Vital statistics of India. Vol. IV, Annual returns from 1871 to 1876. British Army of India, Native Army and jails of Bengal
Year: 1871
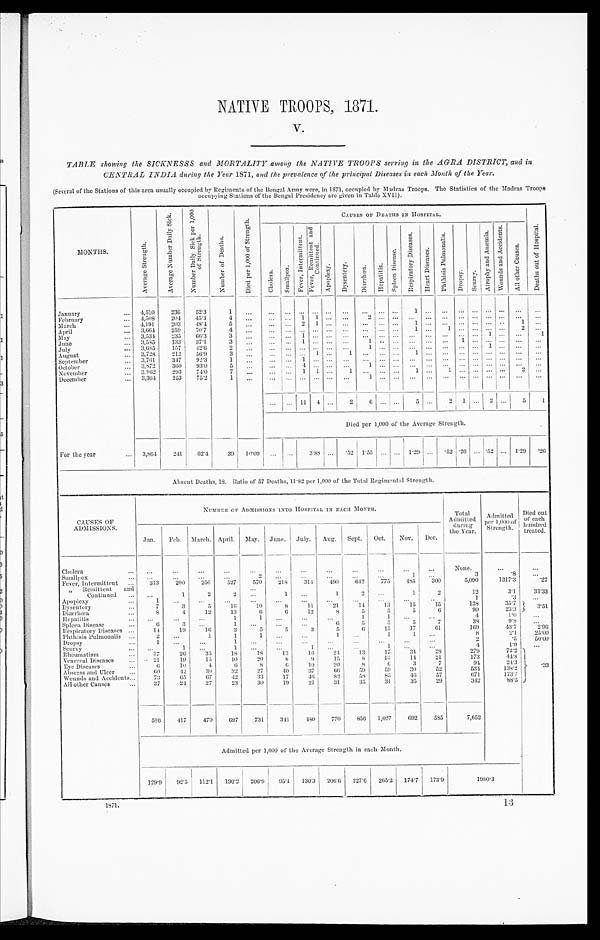
NATIVE TROOPS 1871.
V.
TABLE showing the SICKNESSS and MORTALITY among the NATIVE TROOPS serving in the AGRA DISTRICT, and in
CENTRAL INDIA during the Year 1871, and the prevalence of the principal Diseases in each Month of the Year.
(Several of the Stations of this area usually occupied by Regiments of the Bengal Army were, in 1871, occupied by Madras Troops. The Statistics of the Madras Troops
occupying Stations of the Bengal Presidency are given in Table XVII).
MONTHS.
A v e r a g e S t r e n g t h .
A v e r a g e N u m b e r D a i l y S i c k .
N u m b e r D a i l y S i c k p e r 1 , 0 0 0 o f S t r e n g t h .
N u m b e r o f D e a t h s .
D i e d p e r 1 , 0 0 0 o f S t r e n g t h .
CAUSES OF DEATHS IN HOSPITAL.
C h o l e r a .
S m a l l p o x .
F e v e r , I n t e r m i t t e n t .
F e v e r , R e m i t t e n t a n d C o n t i n u e d .
A p o p l e x y .
D y s e n t e r y .
D i a r r h œ a . H e p a t i t i s .
S p l e e n D i s e a s e .
R e s p i r a t o r y D i s e a s e s .
H e a r t D i s e a s e s .
P h t h i s i s P u l m o n a l i s .
D r o p s y . S c u r v y .
A t r o p h y a n d A n æ m i a . W o u n d s a n d A c c i d e n t s .
A l l o t h e r C a u s e s .
D e a t h s o u t o f H o s p i t a l .
January
4 , 5 1 0
236 52.3
1
. . . ... ... ... ... ... ...
. . . . . . . . .
1
. . . ...
. . . . . .
...
. . .
. . .
. . .
February
4,508
204
4 5 . 3
4 ...
. . .
. . . 1 1 . . . ...
2 . . . . . .
. . . . . . ...
. . . . . .
...
. . . ...
. . .
March
4 , 1 9 1
203
48.4
5
... . . . ... 2 1
. . . ...
. . . ...
. . . 1 ... ...
. . . ... ... ..
1
. . .
April
3,664 259
70.7
4
. . .
. . .
. . . . . . ...
. . .
. . . ...
. . .
. . . 1
. . .
1 ... ... ... ...
2
. . .
M a y 3,534 235
66.3
3
... . . .
. . .
1 . . . . . . ... ...
. . . . . .
. . . . . .
...
. . . . . .
1
. . .
... 1
June
3,585
133
37.1
3 ...
. . .
. . . 1 . . . . . . ...
1 . . .
. . .
. . . ... ...
1 . . . ... . . .
. . .
. . .
July
3,685
157
42.6
2 ...
. . . . . . ... ... ... ...
1 ...
. . . . . .
. . . ...
. . . . . . 1
. . . ...
. . .
August
3,728
212
56.9
3
...
. . . ...
. . . 1 ... 1
. . . . . . . . . 1
. . . ...
. . . . . . ... . . . ...
. . .
S e p t e m b e r
3 , 7 6 1
347
9 2 . 3
1
...
. . .
. . . 1 . . . . . . ...
. . . . . . . . . ...
. . . ...
. . . . . . ... . . . ...
. . .
October
3,872
3 6 0
9 3 . 0
5
. . .
. . .
. . . 4 . . . . . . ...
1
. . . . . .
. . .
. . . . . .
. . . . . . ... . . . ...
. . .
November
3.962
293
74.0
7
. . . ... ... 1 1
. . . 1
. . . . . . . . . 1
. . . 1
. . . . . .
...
. . . 2
. . .
December
3, 364 253
75.2
1
... ... ... ... ...
...
1 . . .
. . .
. . .
. . .
. . .
. . . . . . ... . . .
... . . .
...
. . . 11
4 ...
2
6
. . . . . . 5 ...
2
1 . . .
2
. . .
5 1
Died per 1,000 of the Average Strength.
For the year
3,864
241
6 2 . 4
39 10.09 . . .
...
3.88 ...
. 5 2 1.55
. . . ... 1.29 . . .
. 52 .26 ... .52 ...
1. 29 .26
Absent Deaths, 18. Ratio of 57 Deaths, 11.82 per 1,000 of the Total Regimental Strength.
CAUSES OF
ADMISSIONS.
NUMBER OF ADMI S S I ONS I NTO HOS PI TAL I N EACH MONTH.
Total
Admitted
during
the Year.
Admi t t ed per 1, 000 of
Strength.
Died out
of each
hundred
treated.
Jan. Feb. March. April. May. June. July. Aug. Sept. Oct. Nov. Dec.
Cholera
...
...
...
...
...
. . .
...
. . .
. . .
. . .
. . .
...
None.
. . .
. . .
Smallpox
. . .
...
...
...
2
. . . ...
...
...
...
1 ...
3
.8
...
Fever, Intermittent
313
200
256
527
570
218
314
490
642
775
485 300
5,090
1317.3
.22
" Remittent and
Continued
. . .
1
2
2 ...
1 ...
1
2
. . .
1
2
12
3.1
33.33
Apoplexy
1
. . . ...
...
. . .
. . .
...
. . .
. . .
. . .
. . .
. . .
1
. 3
. . .
Dysentery
7
3
5
16
10
8
11
21
14
13
15
15
138
35.7
3 . 5 1
Diarrhœa
8
4
12
13
6
6
12
8
5
5
5
6
90
23.3
Hepatitis
...
...
. . .
1
1
. . . ...
...
1
1
. . . ...
4
1 . 0
. . .
Spleen Disease
6
3
. . .
1
. . . . . .
...
6
5
5
5
7
38
9.8
. . .
Respiratory Diseases
14
19
16
3
5
5
3
5
6
15
17
61
169
43.7
2.96
Phthisis Pulmonalis
2
. . .
1
1
1 ...
...
1
. . .
1
1 ...
8
2.1
25.00
Dropsy
1
. . .
. . .
1
. .
. . .
...
. . .
. . .
. . . ...
. . . .
2
. 5
5 0 . 0 0
Scurvy
. . .
1
. . .
1
. . . ...
1
. . .
. . .
1
. . . ...
4
1.0
. . .
Rheumatism
37
26
35
18
18
13
16
24
13
17
34
28
279
72.2 . 3 3
Venereal Diseases
21
19
15
1 0
20
8
9
15
8
1 3
14
2 1
173
44.8
Eye Diseases
6
10
4
6
8
6
10
20
8
6
3
7
94
24.3
Abscess and Ulcer
60
42
30
32
27
40
37
66
59
59
30
52
534
1.38.2
Wounds and Accidents
73
65
67
42
33
17
46
82
58
85
46
57
671
173.7
All other Causes
37
24
27
23
30
19
21
31
35
31
35
29
342
88.5
586
417
470
697
731
341
480
770
856 1,027
692
585
7,652
Admitted per 1,000 of the Average Strength in each Month.
129.9 92.5 112.1 190.2 206.9 95.1 130.3 206.6 227.6 265.2 174.7 173.9
1 9 8 0 . 3
1871. 13